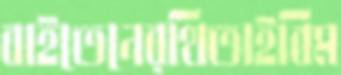
বাইতেনেরথিতাইবিম